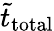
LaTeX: \tilde{t}_{\mathrm{total}}